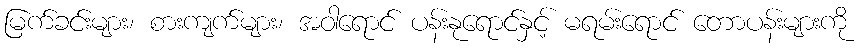
မြက်ခင်းများ၊ စားကျက်များ၊ အဝါရောင် ပန်းနုရောင်နှင့် မရမ်းရောင် တောပန်းများကို